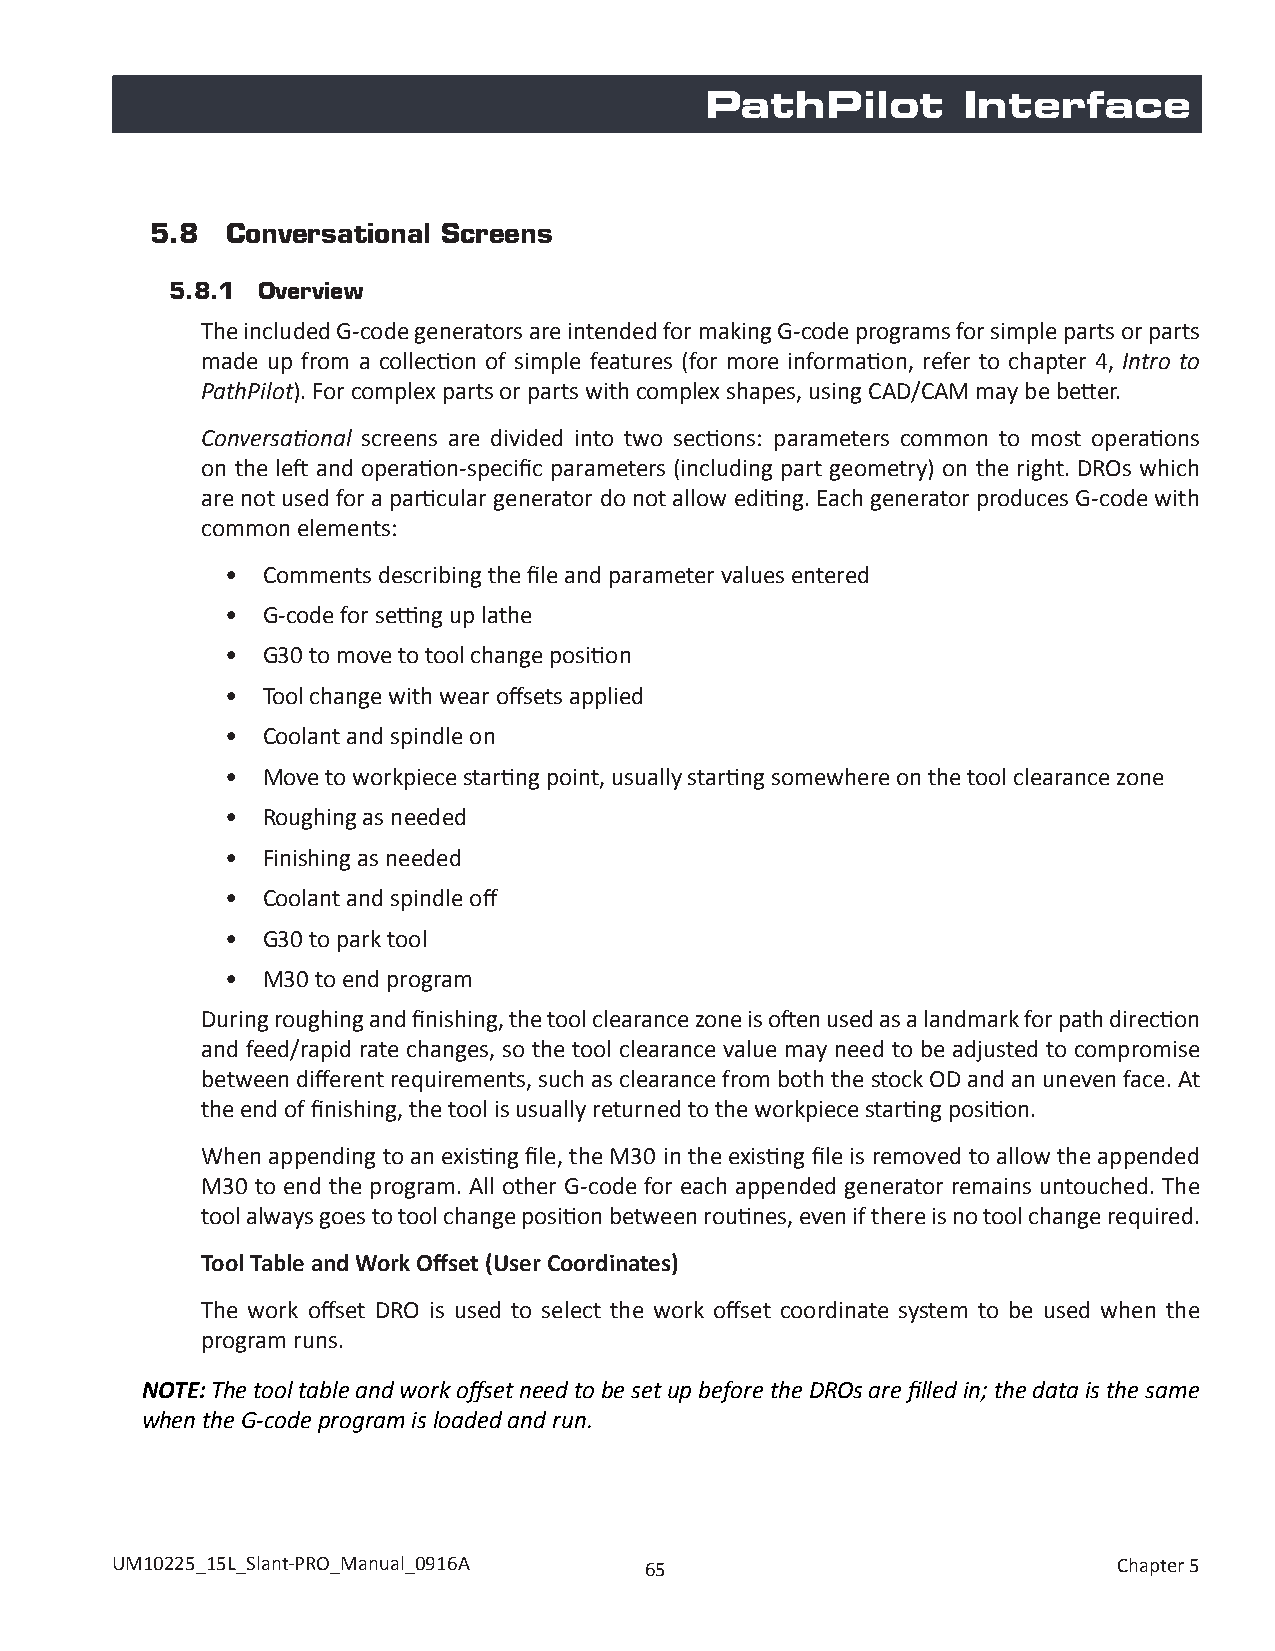
PathPilot        Interface
 5.8  Conversational Screens
 5.8.1 Overview
 The included G-code generators are intended for making G-code programs for simple parts or parts
 made up from a collection of simple features (for more information, refer to chapter 4, Intro to
 PathPilot). For complex parts or parts with complex shapes, using CAD/CAM may be better.
 Conversational screens are divided into two sections: parameters common to most operations
 on the left and operation-specific parameters (including part geometry) on the right. DROs which
 are not used for a particular generator do not allow editing. Each generator produces G-code with
 common elements:
 • Comments describing the file and parameter values entered
 • G-code for setting up lathe
 • G30 to move to tool change position
 • Tool change with wear offsets applied
 • Coolant and spindle on
 • Move to workpiece starting point, usually starting somewhere on the tool clearance zone
 • Roughing as needed
 • Finishing as needed
 • Coolant and spindle off
 • G30 to park tool
 • M30 to end program
 During roughing and finishing, the tool clearance zone is often used as a landmark for path direction
 and feed/rapid rate changes, so the tool clearance value may need to be adjusted to compromise
 between different requirements, such as clearance from both the stock OD and an uneven face. At
 the end of finishing, the tool is usually returned to the workpiece starting position.
 When appending to an existing file, the M30 in the existing file is removed to allow the appended
 M30 to end the program. All other G-code for each appended generator remains untouched. The
 tool always goes to tool change position between routines, even if there is no tool change required.
 Tool Table and Work Offset (User Coordinates)
 The work offset DRO is used to select the work offset coordinate system to be used when the
 program runs.
 NOTE: The tool table and work offset need to be set up before the DROs are filled in; the data is the same
 when the G-code program is loaded and run.
 UM10225_15L_Slant-PRO_Manual_0916A  65                             Chapter 5